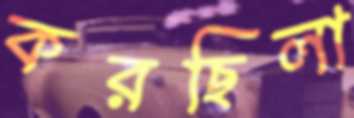
করছিলা